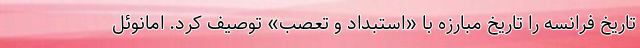
تاریخ فرانسه را تاریخ مبارزه با «استبداد و تعصب» توصیف کرد. امانوئل